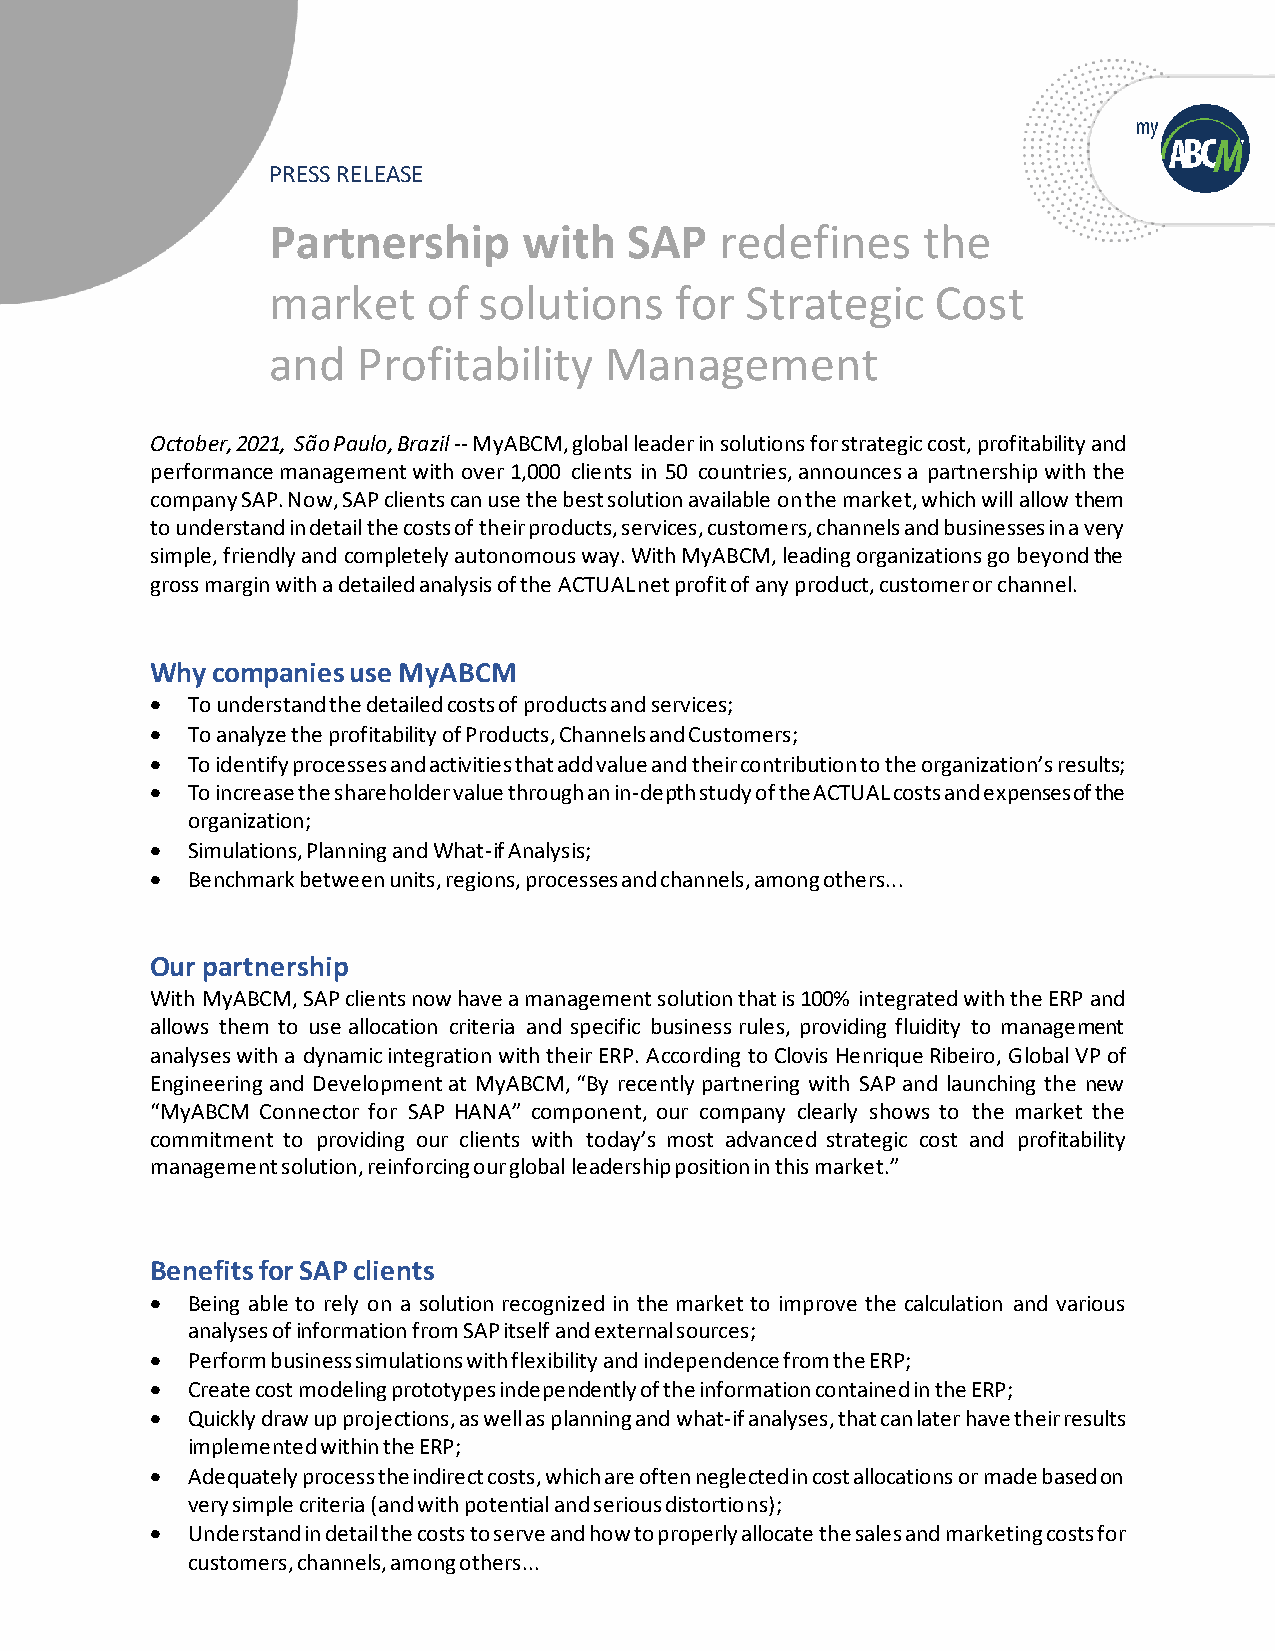
PRESS RELEASE
 Partnership      with   SAP   redefines    the
 market    of  solutions    for Strategic    Cost
 and   Profitability   Management
 October, 2021, São Paulo, Brazil -- MyABCM, global leader in solutions for strategic cost, profitability and
 performance management with over 1,000 clients in 50 countries, announces a partnership with the
 company SAP. Now, SAP clients can use the best solution available on the market, which will allow them
 to understand in detail the costs of their products, services, customers, channels and businesses in a very
 simple, friendly and completely autonomous way. With MyABCM, leading organizations go beyond the
 gross margin with a detailed analysis of the ACTUAL net profit of any product, customer or channel.
 Why companies use MyABCM
 • To understand the detailed costs of products and services;
 • To analyze the profitability of Products, Channels and Customers;
 • To identify processes and activities that add value and their contribution to the organization’s results;
 • To increase the shareholder value through an in-depth study of the ACTUAL costs and expenses of the
 organization;
 • Simulations, Planning and What-if Analysis;
 • Benchmark between units, regions, processes and channels, among others...
 Our partnership
 With MyABCM, SAP clients now have a management solution that is 100% integrated with the ERP and
 allows them to use allocation criteria and specific business rules, providing fluidity to management
 analyses with a dynamic integration with their ERP. According to Clovis Henrique Ribeiro, Global VP of
 Engineering and Development at MyABCM, “By recently partnering with SAP and launching the new
 “MyABCM Connector for SAP HANA” component, our company clearly shows to the market the
 commitment to providing our clients with today’s most advanced strategic cost and profitability
 management solution, reinforcing our global leadership position in this market.”
 Benefits for SAP clients
 • Being able to rely on a solution recognized in the market to improve the calculation and various
 analyses of information from SAP itself and external sources;
 • Perform business simulations with flexibility and independence from the ERP;
 • Create cost modeling prototypes independently of the information contained in the ERP;
 • Quickly draw up projections, as well as planning and what-if analyses, that can later have their results
 implemented within the ERP;
 • Adequately process the indirect costs, which are often neglected in cost allocations or made based on
 very simple criteria (and with potential and serious distortions);
 • Understand in detail the costs to serve and how to properly allocate the sales and marketing costs for
 customers, channels, among others...